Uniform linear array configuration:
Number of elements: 12
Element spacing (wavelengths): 1
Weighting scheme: hann
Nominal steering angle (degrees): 60
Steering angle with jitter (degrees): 61.562
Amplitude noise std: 0.05
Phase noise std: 0.05

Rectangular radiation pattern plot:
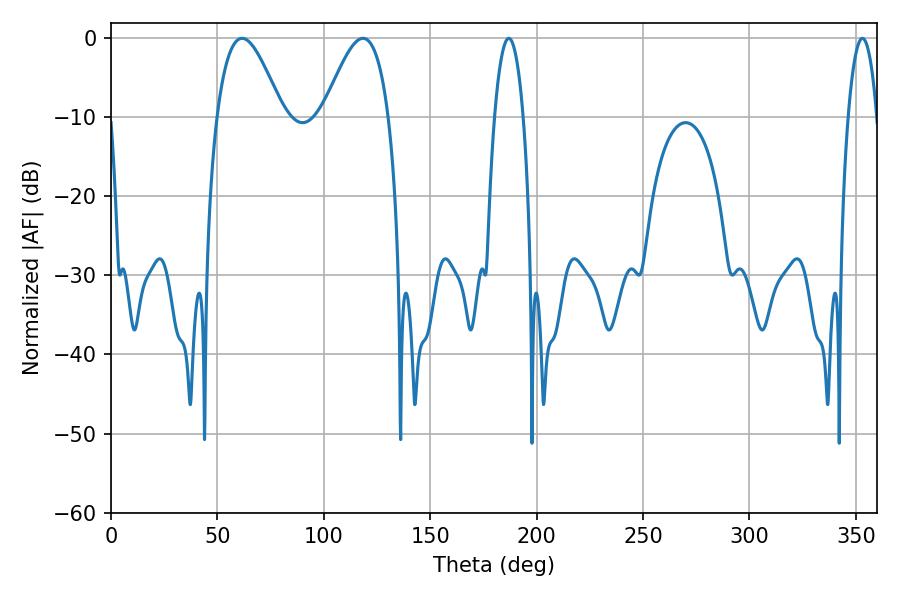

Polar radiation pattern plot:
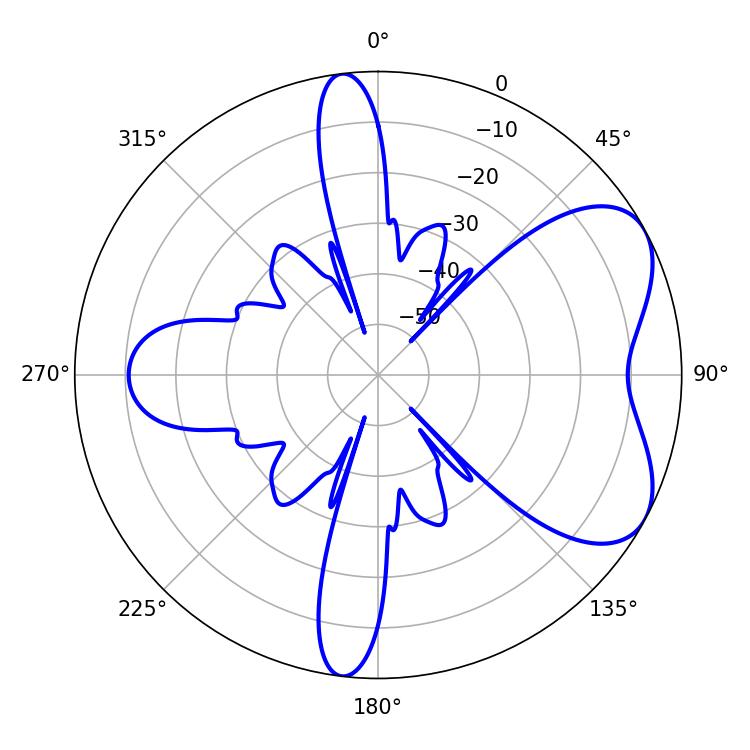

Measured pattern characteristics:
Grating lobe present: TRUE
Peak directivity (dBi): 5.854
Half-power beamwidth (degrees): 16.56
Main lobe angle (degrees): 61.56